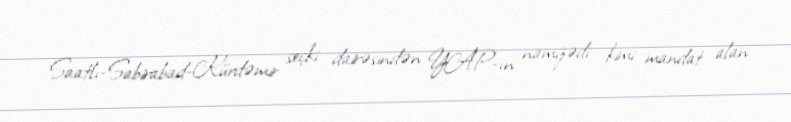
Saatlı-Sabirabad-Kürdəmir seçki dairəsindən YAP-ın namizədi kimi mandat alan